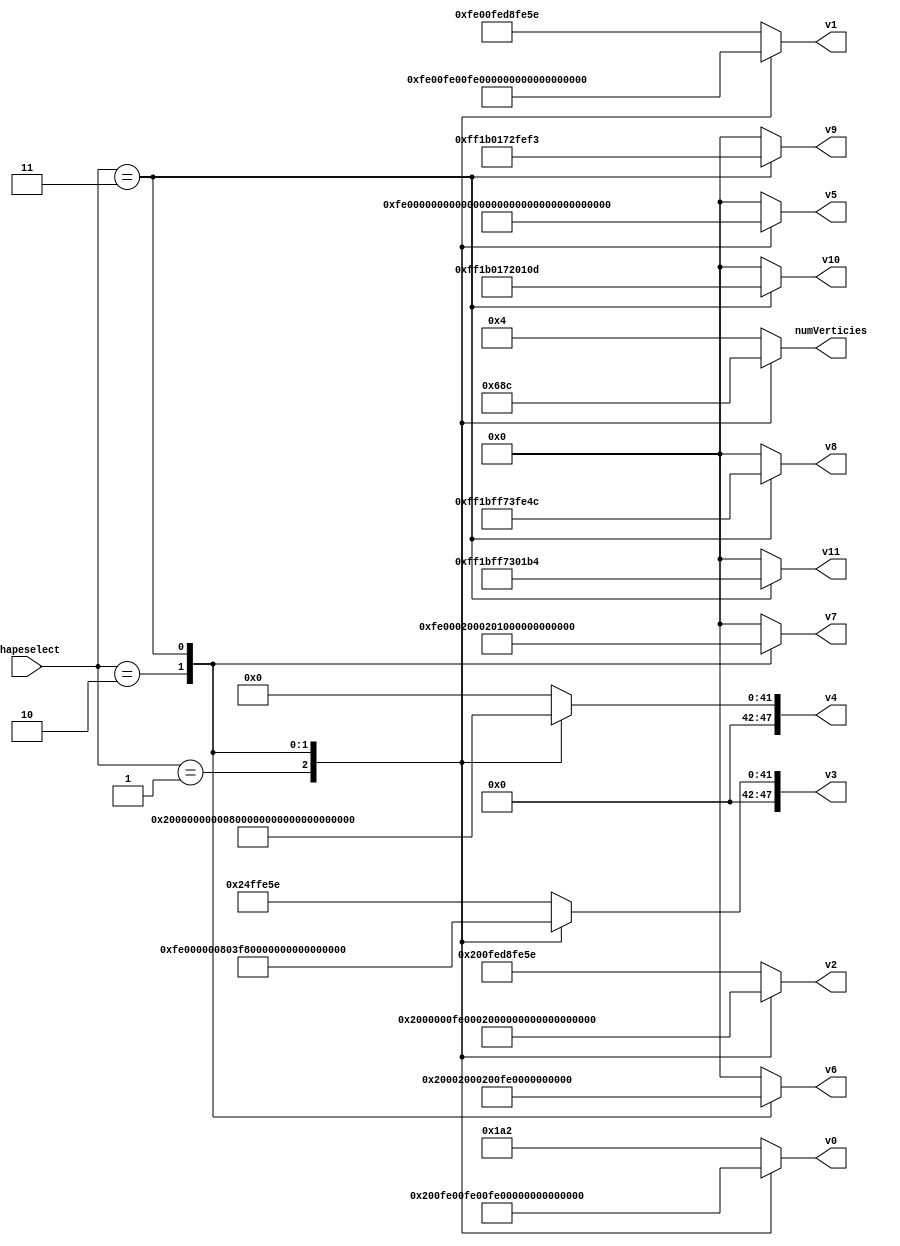
module shapeTypeLUT (
    input wire [1:0] shapeselect,
    output reg [47:0] v0,
    output reg [47:0] v1,
    output reg [47:0] v2,
    output reg [47:0] v3,
    output reg [47:0] v4,
    output reg [47:0] v5,
    output reg [47:0] v6,
    output reg [47:0] v7,
    output reg [47:0] v8,
    output reg [47:0] v9,
    output reg [47:0] v10,
    output reg [47:0] v11,
	 output reg [3:0] numVerticies   
);

always @(*) begin
    case (shapeselect)
        1: begin
            // Assign values for case 1
				v0 <= {16'h0, 16'h0, 16'h0200}; // 4,6,3,5
            v1 <= {16'h0, 16'h0, 16'hFE00}; // 6 4 3 5
            v2 <= {16'h0, 16'h0200, 16'h0}; // 2 5 1 6
            v3 <= {16'h0, 16'hFE00, 16'h0}; // 2 5 1 6
            v4 <= {16'h0200, 16'h0, 16'h0}; // 4 1 2 3
            v5 <= {16'hFE00, 16'h0, 16'h0}; //
            v6 <= 48'b0;
            v7 <= 48'b0;
            v8 <= 48'b0;
            v9 <= 48'b0;
            v10 <= 48'b0;
            v11 <= 48'b0;
				numVerticies <= 6;
        end

         2: begin
            // Assign values for case 2
				v0 <= {16'hFE00, 16'hFE00, 16'hFE00}; //3,4,2
            v1 <= {16'hFE00, 16'hFE00, 16'h0200}; //8,6,1
            v2 <= {16'hFE00, 16'h0200, 16'hFE00}; //5,1,8
            v3 <= {16'h0200, 16'hFE00, 16'hFE00}; //5,1,6
            v4 <= {16'h0200, 16'h0200, 16'hFE00}; //4,3,7
            v5 <= {16'h0200, 16'hFE00, 16'h0200}; //2,7,4
            v6 <= {16'h0200, 16'h0200, 16'h0200}; //5,8,6
            v7 <= {16'hFE00, 16'h0200, 16'h0200}; //2,7,3
            v8 <= 48'b0;
            v9 <= 48'b0;
            v10 <= 48'b0;
            v11 <= 48'b0;
				numVerticies <= 8;
        end

			3: begin
            // Assign values for case 3
			   v0 <= {16'h0200, 16'h0, 16'h0}; //6, 5, 2, 3, 4
            v1 <= {16'h00E5, 16'h01CA, 16'h0}; // 6, 10, 11, 3, 1
            v2 <= {16'h00E5, 16'h008E, 16'h01B4}; //4, 1, 2, 11, 12
            v3 <= {16'h00E5, 16'hFE8E, 16'h010D}; //8, 12, 3, 1, 5
            v4 <= {16'h00E5, 16'hFE8E, 16'hFEF3}; // 4, 1, 8, 6, 9
            v5 <= {16'h00E5, 16'h008E, 16'hFE4C}; // 9, 10, 2, 1, 5
            v6 <= {16'hFE00, 16'h0, 16'h0}; // 8, 9, 10, 11, 12
            v7 <= {16'hFF1B, 16'hFE36, 16'h0}; // 7, 9, 5, 4, 12
            v8 <= {16'hFF1B, 16'hFF73, 16'hFE4C}; //5 6 10 7 8
            v9 <= {16'hFF1B, 16'h0172, 16'hFEF3}; //7 9 8 2 11
//				v8 <= {16'h0001, 16'hFF73, 16'h0001}; //5 6 10 7 8
//          v9 <= {16'h0001, 16'h0172, 16'h0001}; //7 9 8 2 11
            v10 <= {16'hFF1B, 16'h0172, 16'h010D}; //12 7 3 2 10
            v11 <= {16'hFF1B, 16'hFF73, 16'h01B4}; // 4 8 7 2 3
				numVerticies <= 12;
        end
        default: begin
            
            v0 <= {16'h0, 16'h0, 16'h01A2};
				v1 <= {16'hFE00, 16'hFED8, 16'hFE5E};
            v2 <= {16'h0200, 16'hFED8, 16'hFE5E};
				v3 <= {16'h0, 16'h024F, 16'hFE5E};
            v4 <= 48'b0;
            v5 <= 48'b0;
            v6 <= 48'b0;
            v7 <= 48'b0;
            v8 <= 48'b0;
            v9 <= 48'b0;
            v10 <= 48'b0;
            v11 <= 48'b0;
				numVerticies <= 4;
        end
    endcase
end

endmodule